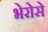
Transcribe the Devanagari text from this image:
भेरोसे